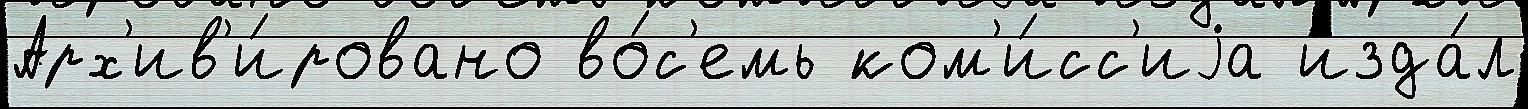
Арх'ив'и́ровано во́с'емь ком'и́сс'иjа изда́л